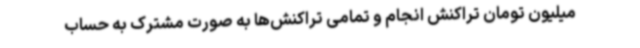
میلیون تومان تراکنش انجام و تمامی تراکنش‌ها به صورت مشترک به حساب